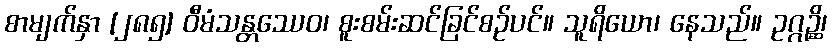
စာမျက်နှာ [၂၈၅] ဝီမံသန္တဿေဝ၊ စူးစမ်းဆင်ခြင်စဉ်ပင်။ သူရိယော၊ နေသည်။ ဥဂ္ဂဉ္ဆိ၊